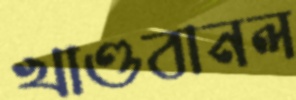
খাণ্ডবানল